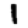
Digit: 1